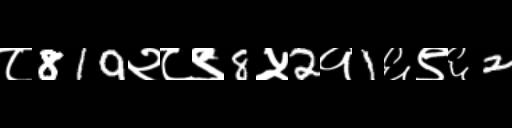
Text: ८819२८९8५2१1६९६2